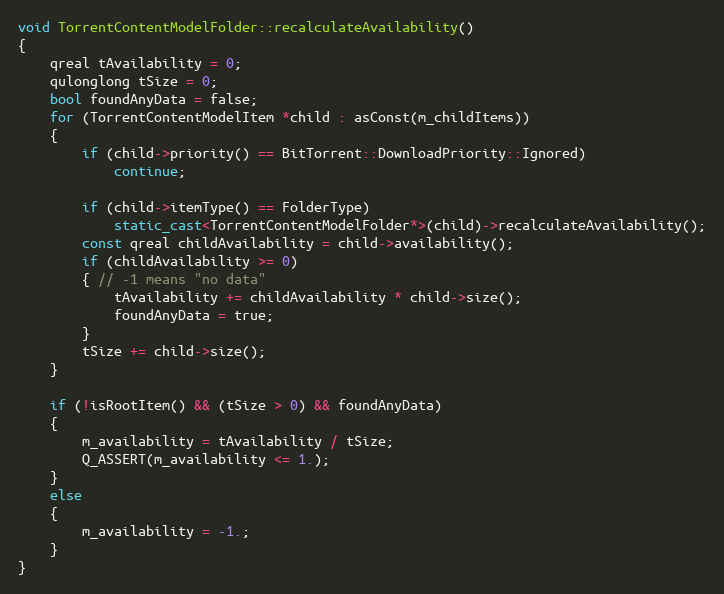
Language: C++
void TorrentContentModelFolder::recalculateAvailability()
{
    qreal tAvailability = 0;
    qulonglong tSize = 0;
    bool foundAnyData = false;
    for (TorrentContentModelItem *child : asConst(m_childItems))
    {
        if (child->priority() == BitTorrent::DownloadPriority::Ignored)
            continue;

        if (child->itemType() == FolderType)
            static_cast<TorrentContentModelFolder*>(child)->recalculateAvailability();
        const qreal childAvailability = child->availability();
        if (childAvailability >= 0)
        { // -1 means "no data"
            tAvailability += childAvailability * child->size();
            foundAnyData = true;
        }
        tSize += child->size();
    }

    if (!isRootItem() && (tSize > 0) && foundAnyData)
    {
        m_availability = tAvailability / tSize;
        Q_ASSERT(m_availability <= 1.);
    }
    else
    {
        m_availability = -1.;
    }
}